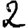
Digit: 2